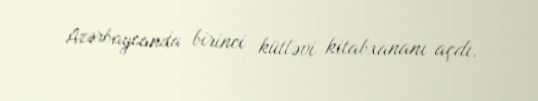
Azərbaycanda birinci kütləvi kitabxananı açdı.